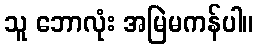
သူ ဘောလုံး အမြဲမကန်ပါ။